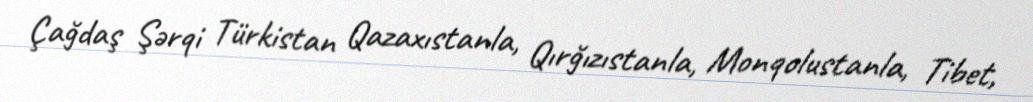
Çağdaş Şərqi Türkistan Qazaxıstanla, Qırğızıstanla, Monqolustanla, Tibet,